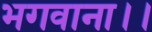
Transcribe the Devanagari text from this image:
भगवाना।।